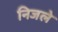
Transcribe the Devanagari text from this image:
निजले